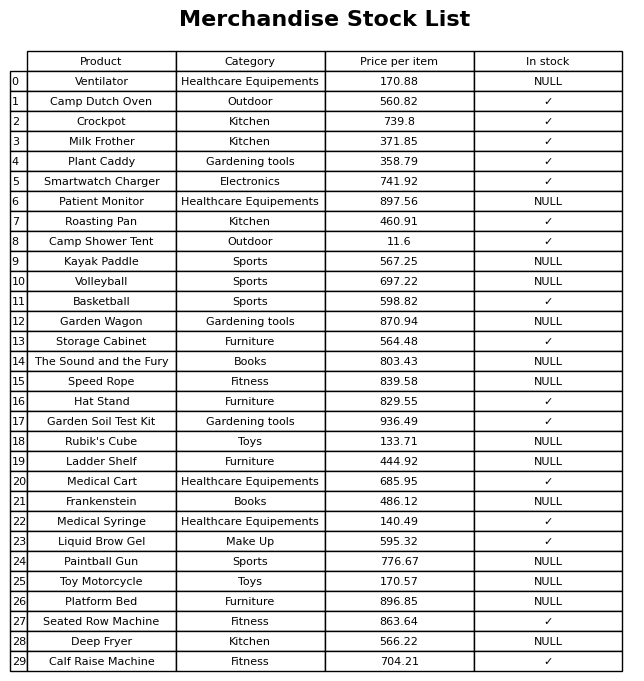
question: What is the stock status of the Camp Shower Tent?
answer: ✓